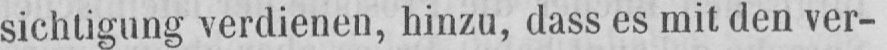
sichtigung verdienen, hinzu, dass es mit den ver-